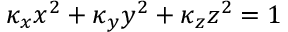
\kappa _ { x } x ^ { 2 } + \kappa _ { y } y ^ { 2 } + \kappa _ { z } z ^ { 2 } = 1